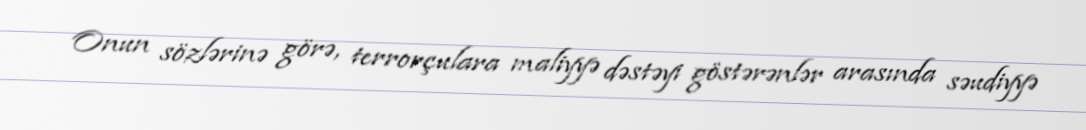
Onun sözlərinə görə, terrorçulara maliyyə dəstəyi göstərənlər arasında səudiyyə